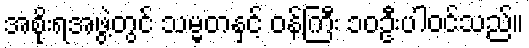
အစိုးရအဖွဲ့တွင် သမ္မတနှင့် ဝန်ကြီး ၁၀ဦးပါဝင်သည်။